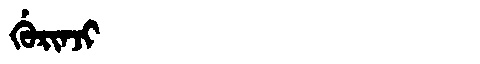
Manchu: ᡤᡠᡵᡳᠨᠵᡳ
Romanization: GURINJI